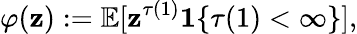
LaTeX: \varphi(\mathbf{z}):=\mathbb{{E}}[\mathbf{z}^{\tau(1)}\mathbf{{1}}\{ \tau(1)<\infty\} ],